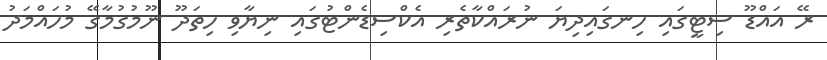
ރޭ އައްޑޫ ސިޓީގައި ހިނގައިދިޔަ ނުރައްކާތެރި އެކްސިޑެންޓުގައި ނިޔާވި ހިތަދޫ ނޫމުގުމާގޭ މުހައްމަދު